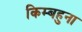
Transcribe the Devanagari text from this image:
किम्बहुना